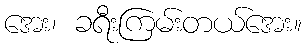
အေး၊ ခရီးကြမ်းတယ်အေး။